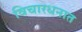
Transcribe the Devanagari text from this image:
विचारधनात